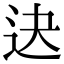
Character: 𨑣